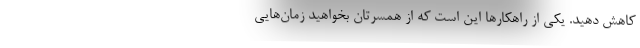
کاهش دهید. یکی از راهکارها این است که از همسرتان بخواهید زمان‌هایی